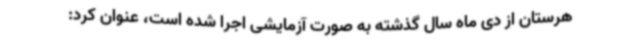
هرستان از دی ماه سال گذشته به صورت آزمایشی اجرا شده است، عنوان کرد: